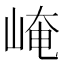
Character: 崦